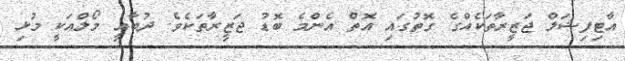
އާޓިފިޝަލް ޖަޒީރާތަކެއްގެ ގޮތުގައި އޮތް އެންމެ ބޮޑު ޖަޒީރާތަކެވެ. ދުބާއީ މޯލްއަކީ މުޅި